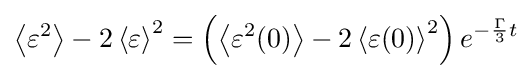
\left\langle \varepsilon ^{2}\right\rangle -2\left\langle \varepsilon \right\rangle ^{2}=\left(\left\langle \varepsilon ^{2}(0)\right\rangle -2\left\langle \varepsilon (0)\right\rangle ^{2}\right)e^{-{\frac {\Gamma }{3}}t}